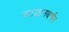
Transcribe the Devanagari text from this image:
स्टाइनबर्गर